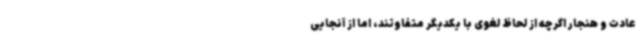
عادت و هنجار اگرچه از لحاظ لغوی با یکدیگر متفاوتند، اما از آنجایی